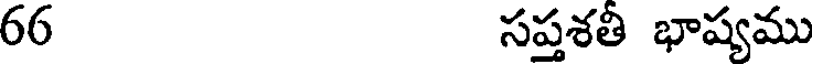
66 సప్తశతీ భాష్యము